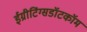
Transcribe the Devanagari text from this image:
ईग्रीटिंग्सडॉटकॉम